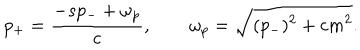
LaTeX: p _ { + } = { \frac { - s p _ { - } + \omega _ { p } } { c } } , \qquad \omega _ { p } = \sqrt { ( p _ { - } ) ^ { 2 } + c m ^ { 2 } } .